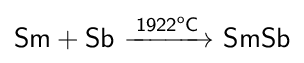
{\mathsf {Sm+Sb\ {\xrightarrow {1922^{o}C}}\ SmSb}}